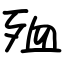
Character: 殈